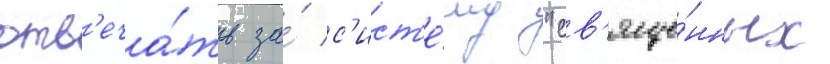
отв'еча́ть за́ с'ист'е́му "св'яще́нных